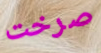
صرخت